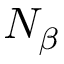
N _ { \beta }